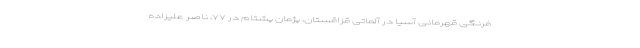
فرنگی قهرمانی آسیا در آلماتی قزاقستان، پژمان پشتام در ۷۷، ناصر علیزاده